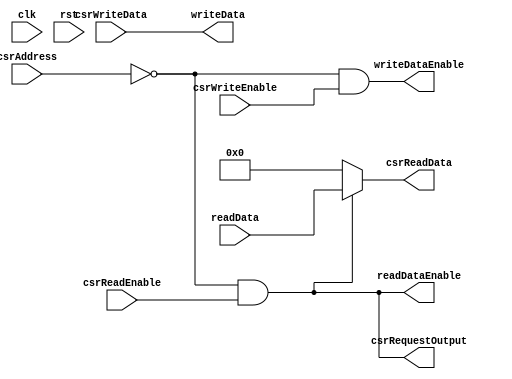
module CSR_DataRegister #(
		parameter ADDRESS = 12'h000
	)(
		input wire clk,
		input wire rst,

		// CSR interface
		input wire csrWriteEnable,
		input wire csrReadEnable,
		input wire[11:0] csrAddress,
		input wire[31:0] csrWriteData,
		output wire[31:0] csrReadData,
		output wire csrRequestOutput,

		// System interface
		input wire[31:0] readData,
		output wire readDataEnable,
		output wire[31:0] writeData,
		output wire writeDataEnable
	);
	
	wire csrEnabled = csrAddress == ADDRESS;

	assign csrReadData = csrEnabled && csrReadEnable ? readData : 32'b0;
	assign readDataEnable = csrEnabled && csrReadEnable;
	assign writeData = csrWriteData;
	assign writeDataEnable = csrEnabled && csrWriteEnable;

	assign csrRequestOutput = csrEnabled && csrReadEnable;
	
endmodule